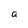
Character: a